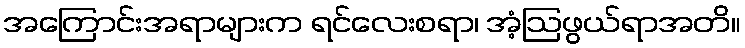
အကြောင်းအရာများက ရင်လေးစရာ၊ အံ့ဩဖွယ်ရာအတိ။